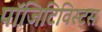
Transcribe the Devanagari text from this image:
पॉजिटिविस्ट्स